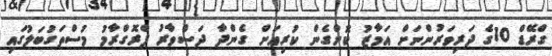
ގްރޭޑް 10ގެ ދަރިވަރުންނަށް އަމާޒު ކޮށްގެން ކުރިއަށް ގެންދާ ދަސްވާރު ޕްރޮގްރާމު މުސްތަގުބަލުގައި